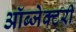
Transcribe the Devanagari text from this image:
ऑब्जेक्टरी